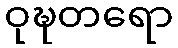
ဝုဍ္ဎတရော